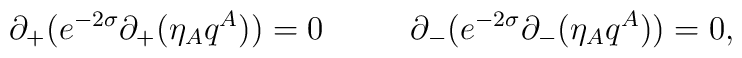
\partial_+( e^{-2\sigma}\partial_+ (\eta_A q^A))=0\ \ \ \ \ \ \ \ \partial_-( e^{-2\sigma}\partial_- (\eta_A q^A))=0,